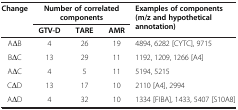
| Change | <COLSPAN=3> Number of correlated components | Examples of components (m/z and hypothetical annotation) |
 |  | GTV-D | TARE | AMR |  |
 | --- | --- | --- | --- | --- |
 | AΔB | 4 | 26 | 19 | 4894, 6282 [CYTC], 9715 |
 | BΔC | 13 | 29 | 11 | 1192, 1209, 1266 [A4] |
 | AΔC | 4 | 5 | 11 | 5194, 5215 |
 | CΔD | 13 | 17 | 10 | 2110 [A4], 2994 |
 | AΔD | 4 | 32 | 10 | 1334 [FIBA], 1433, 5407 [S10A8] |